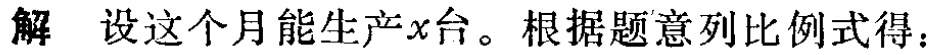
解 设这个月能生产\(x\)台。根据题意列比例式得：